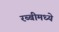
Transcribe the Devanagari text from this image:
रब्बीमध्ये